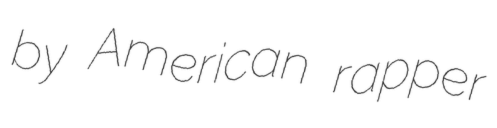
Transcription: by American rapper